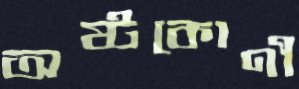
অষ্টকোণী